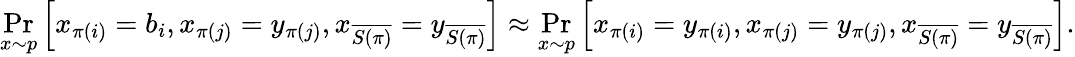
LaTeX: \operatorname*{Pr}_{x\sim p}\left[x_{\pi(i)}=b_{i},x_{\pi(j)}=y_{\pi(j)},x_{\overline{{S(\pi)}}}=y_{\overline{{S(\pi)}}}\right]\approx\operatorname*{Pr}_{x\sim p}\left[x_{\pi(i)}=y_{\pi(i)},x_{\pi(j)}=y_{\pi(j)},x_{\overline{{S(\pi)}}}=y_{\overline{{S(\pi)}}}\right].